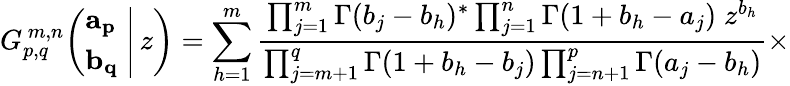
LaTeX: G_{p,q}^{\, m,n}\! \left(\left.{\begin{array}{l}{\mathbf{a_{p}}}\\ {\mathbf{b_{q}}}\end{array}}\; \right|\, z\right)=\sum_{h=1}^{m}{\frac{\prod_{j=1}^{m}\Gamma(b_{j}-b_{h})^{*}\prod_{j=1}^{n}\Gamma(1+b_{h}-a_{j})\; z^{b_{h}}}{\prod_{j=m+1}^{q}\Gamma(1+b_{h}-b_{j})\prod_{j=n+1}^{p}\Gamma(a_{j}-b_{h})}}\times